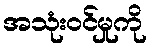
အသုံးဝင်မှုကို